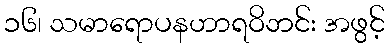
၁၆၊ သမာရောပနဟာရဝိဘင်း အဖွင့်